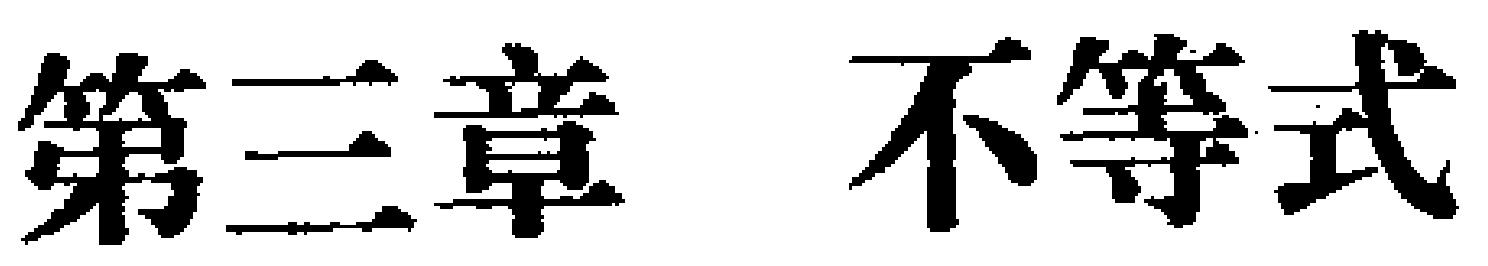
第三章 不等式